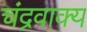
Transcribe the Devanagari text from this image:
चंद्रवाक्य